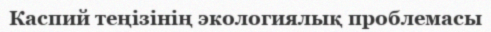
Каспий теңізінің экологиялық проблемасы